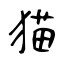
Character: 猫